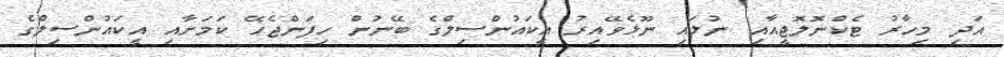
އަދި މިހާރު ޓެކްނޮލޮޖީއާއި ނުލައި ނޫޅެވޭއިރު އީކައުންސިލްގެ ބޭނުން ހިފަންޖެހޭ ކަމަށާއި އީކައުންސިލްގެ